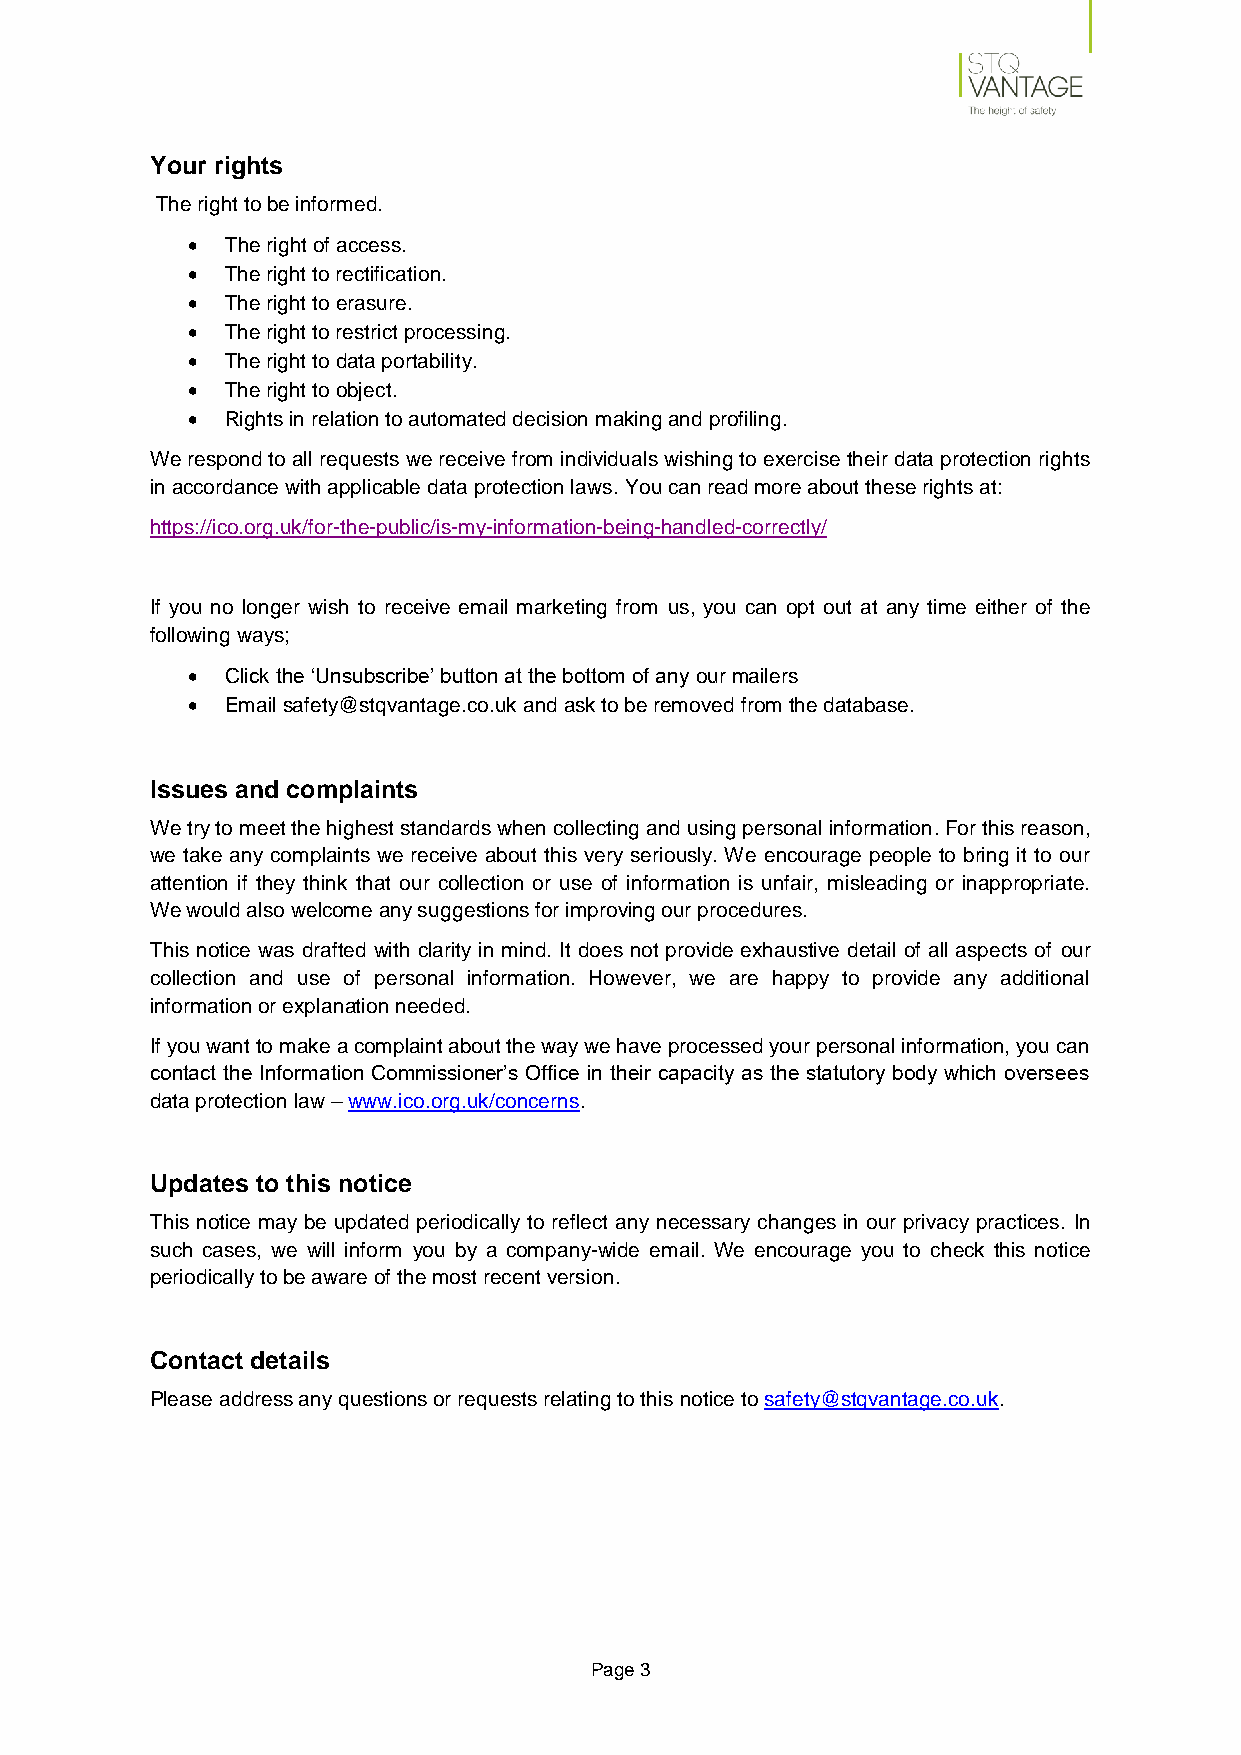
Your rights
 The right to be informed.
 •  The right of access.
 •  The right to rectification.
 •  The right to erasure.
 •  The right to restrict processing.
 •  The right to data portability.
 •  The right to object.
 •  Rights in relation to automated decision making and profiling.
 We respond to all requests we receive from individuals wishing to exercise their data protection rights
 in accordance with applicable data protection laws. You can read more about these rights at:
 https://ico.org.uk/for-the-public/is-my-information-being-handled-correctly/
 If you no longer wish to receive email marketing from us, you can opt out at any time either of the
 following ways;
 •  Click the ‘Unsubscribe’ button at the bottom of any our mailers
 •  Email safety@stqvantage.co.uk and ask to be removed from the database.
 Issues and complaints
 We try to meet the highest standards when collecting and using personal information. For this reason,
 we take any complaints we receive about this very seriously. We encourage people to bring it to our
 attention if they think that our collection or use of information is unfair, misleading or inappropriate.
 We would also welcome any suggestions for improving our procedures.
 This notice was drafted with clarity in mind. It does not provide exhaustive detail of all aspects of our
 collection and use of personal information. However, we are happy to provide any additional
 information or explanation needed.
 If you want to make a complaint about the way we have processed your personal information, you can
 contact the Information Commissioner’s Office in their capacity as the statutory body which oversees
 data protection law – www.ico.org.uk/concerns.
 Updates to this notice
 This notice may be updated periodically to reflect any necessary changes in our privacy practices. In
 such cases, we will inform you by a company-wide email. We encourage you to check this notice
 periodically to be aware of the most recent version.
 Contact details
 Please address any questions or requests relating to this notice to safety@stqvantage.co.uk.
 Page 3